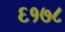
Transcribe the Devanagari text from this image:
६१७८